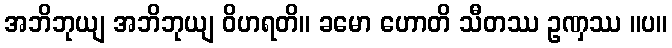
အဘိဘုယျ အဘိဘုယျ ဝိဟရတိ။ ခမော ဟောတိ သီတဿ ဥဏှဿ ။ပ။